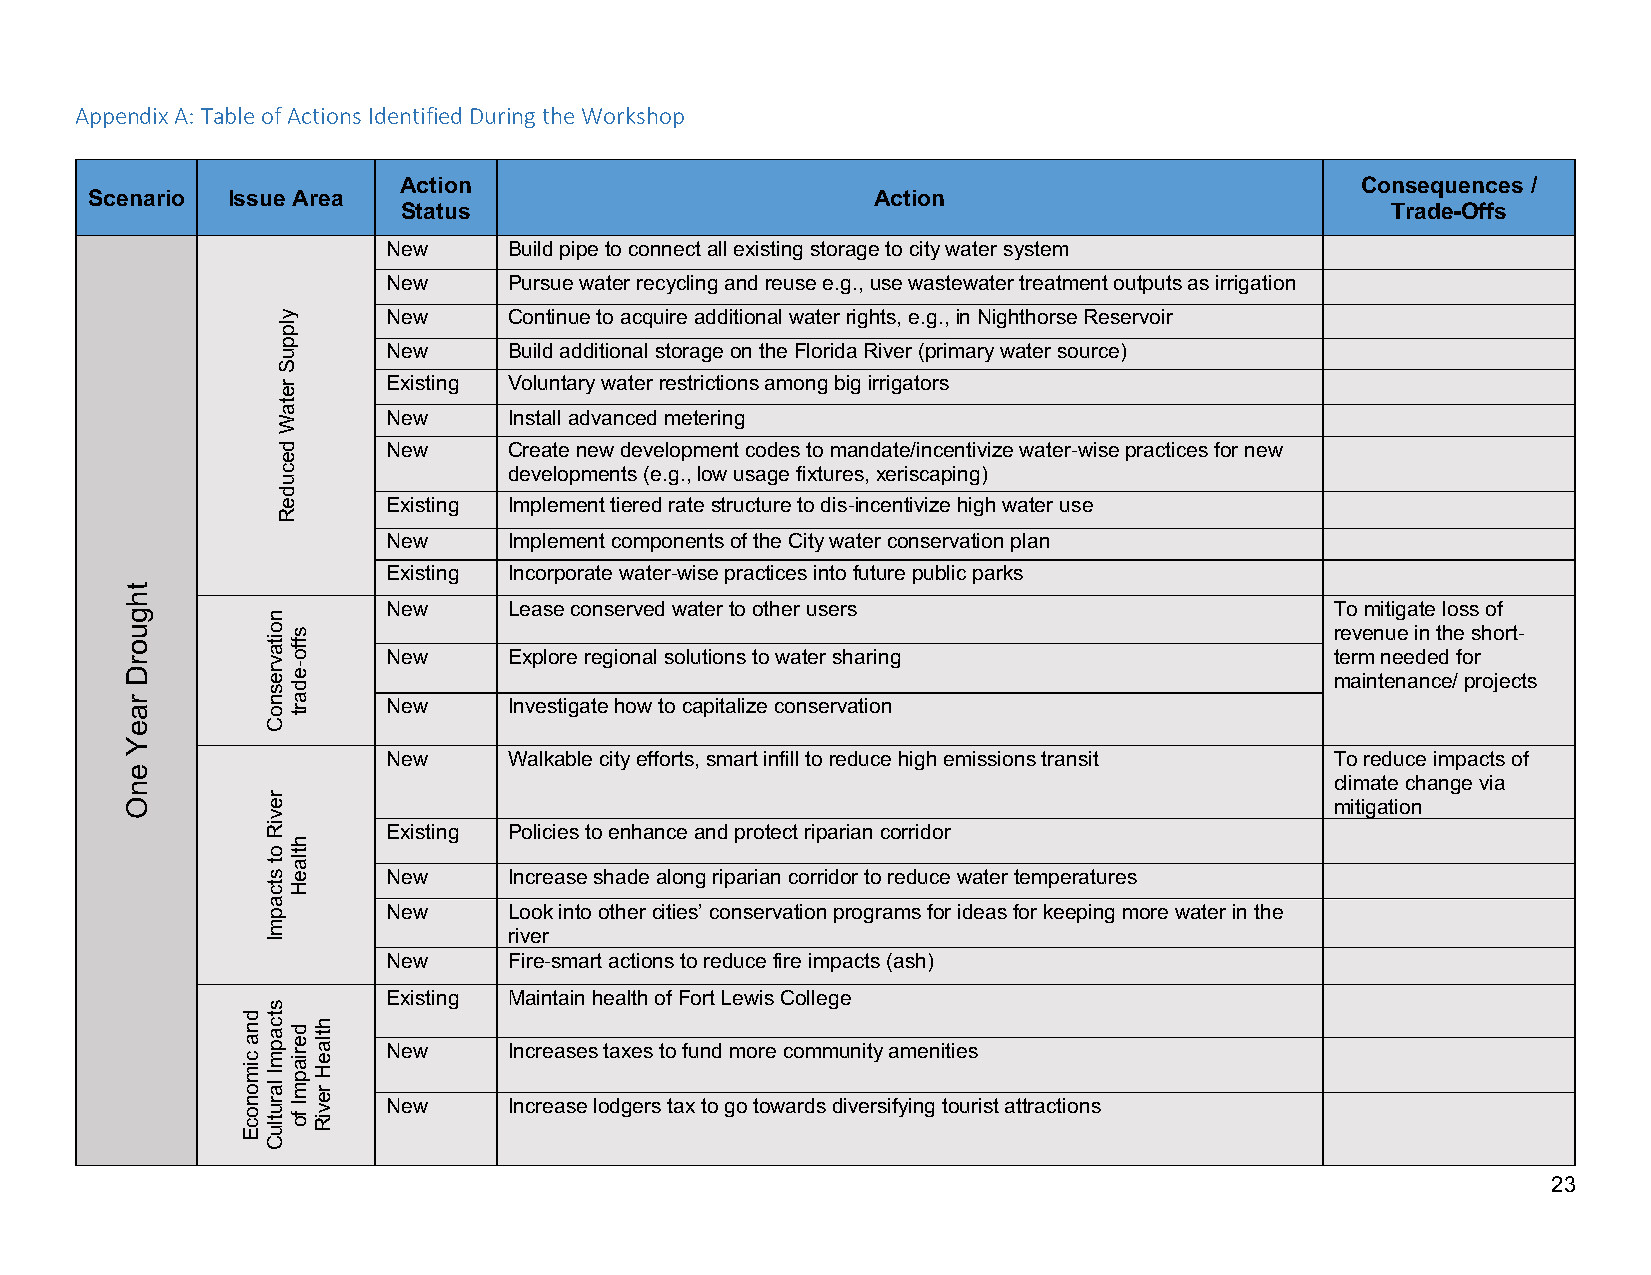
Appendix A: Table of Actions Identified During the Workshop
 Action                                                          Consequences /
 Scenario Issue Area                                 Action
 Status                                                           Trade-Offs
 New     Build pipe to connect all existing storage to city water system
 New     Pursue water recycling and reuse e.g., use wastewater treatment outputs as irrigation
 New     Continue to acquire additional water rights, e.g., in Nighthorse Reservoir
 New     Build additional storage on the Florida River (primary water source)
 Existing Voluntary water restrictions among big irrigators
 New     Install advanced metering
 New     Create new development codes to mandate/incentivize water-wise practices for new
 developments (e.g., low usage fixtures, xeriscaping)
 Existing Implement tiered rate structure to dis-incentivize high water use
 New     Implement components of the City water conservation plan
 Existing Incorporate water-wise practices into future public parks
 New     Lease conserved water to other users                  To mitigate loss of
 revenue in the short-
 New     Explore regional solutions to water sharing           term needed for
 maintenance/ projects
 New     Investigate how to capitalize conservation
 New     Walkable city efforts, smart infill to reduce high emissions transit To reduce impacts of
 climate change via
 mitigation
 Existing Policies to enhance and protect riparian corridor
 New     Increase shade along riparian corridor to reduce water temperatures
 New     Look into other cities’ conservation programs for ideas for keeping more water in the
 river
 New     Fire-smart actions to reduce fire impacts (ash)
 Existing Maintain health of Fort Lewis College
 New     Increases taxes to fund more community amenities
 New     Increase lodgers tax to go towards diversifying tourist attractions
 23
 thguorD
 raeY
 enO
 dna
 cimonocE
 noitavresnoC
 reviR
 ot
 stcapmI
 stcapmI
 larutluC
 ylppuS
 retaW
 decudeR
 sffo-edart
 htlaeH
 deriapmI
 fo
 htlaeH
 reviR